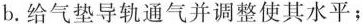
b. 给气垫导轨通气并调整使其水平；